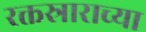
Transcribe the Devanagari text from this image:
रक्तस्राराच्या